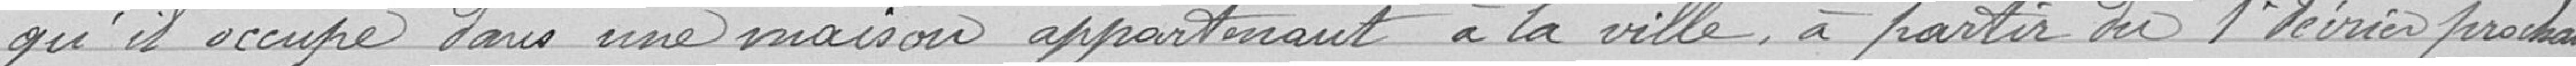
qu'il occupe dans une maison appartenant à la ville, à partir du 1er février prochain